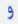
و